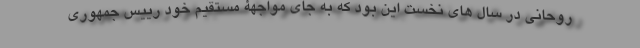
روحانی در سال های نخست این بود که به جای مواجهۀ مستقیم خود رییس جمهوری